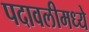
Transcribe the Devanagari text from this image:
पदावलीमध्ये